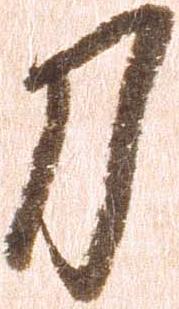
刀